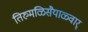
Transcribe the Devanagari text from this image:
तिरुमळिसैयाळ्वार्